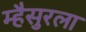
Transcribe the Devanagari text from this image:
म्हैसुरला